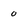
Character: 0